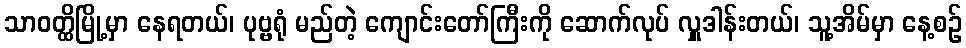
သာဝတ္ထိမြို့မှာ နေရတယ်၊ ပုဗ္ဗရုံ မည်တဲ့ ကျောင်းတော်ကြီးကို ဆောက်လုပ် လှူဒါန်းတယ်၊ သူ့အိမ်မှာ နေ့စဉ်